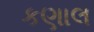
કણાલ